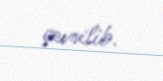
çevrilib.